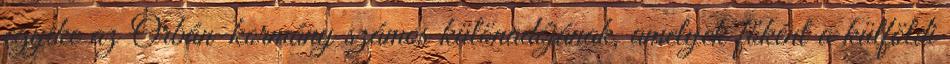
egyike az Orbán-kormány számos különadójának, amelyek főként a külföldi